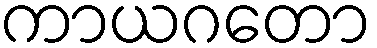
ကာယဂတော